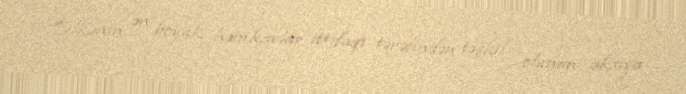
Ölkənin ən böyük həmkarlar ittifaqı tərəfindən təşkil olunan aksiya